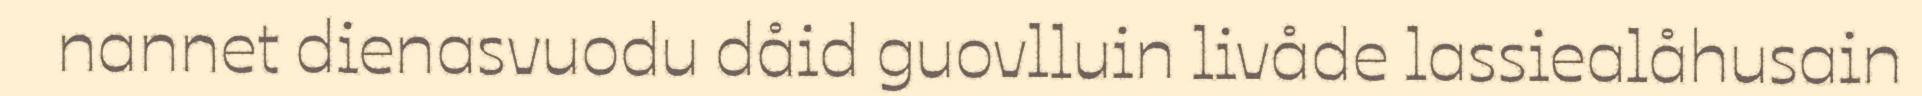
nannet dienasvuodu dåid guovlluin livåde lassiealåhusain